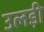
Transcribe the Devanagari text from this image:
उलड़ी